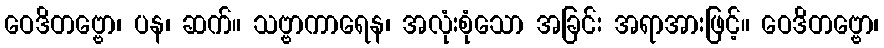
ဝေဒိတဗ္ဗော၊ ပန၊ ဆက်။ သဗ္ဗာကာရေန၊ အလုံးစုံသော အခြင်း အရာအားဖြင့်။ ဝေဒိတဗ္ဗော၊